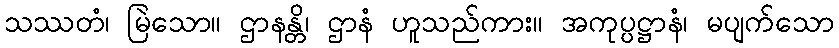
သဿတံ၊ မြဲသော။ ဌာနန္တိ၊ ဌာနံ ဟူသည်ကား။ အကုပ္ပဋ္ဌာနံ၊ မပျက်သော